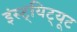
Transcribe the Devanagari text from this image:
इंस्ट्यिट्यूट